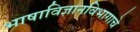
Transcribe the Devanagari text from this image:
भाषाविज्ञानविभागाचे